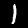
Digit: 1